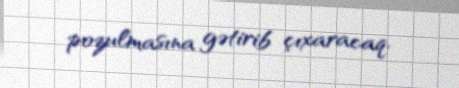
pozulmasına gətirib çıxaracaq.